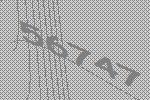
56747